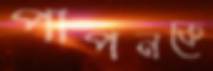
পাপনকে